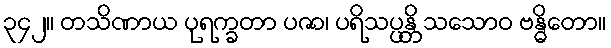
၃၄၂။ တသိဏာယ ပုရက္ခတာ ပဇာ၊ ပရိသပ္ပန္တိ သသောဝ ဗန္ဓိတော။